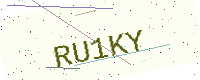
Text: RU1KY